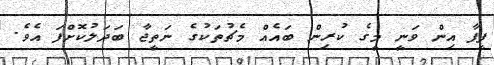
ފީފާ އިން ވަނީ މީގެ ކުރިން ބައެއް މެޗުތަކުގެ ނަތީޖާ ބަދަލުކޮށްފަ އެވެ.